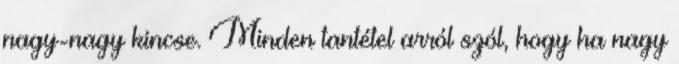
nagy-nagy kincse. Minden tantétel arról szól, hogy ha nagy